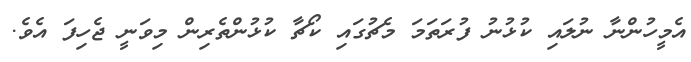
އެމީހުންނާ ނުލައި ކުޅުނު ފުރަތަމަ މެޗުގައި ކޯޗާ ކުޅުންތެރިން މިވަނީ ޖެހިފަ އެވެ.